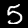
Label: 5